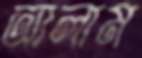
আলাম